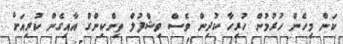
ކަން މިހެން ހުރުމުން ހުރިހާ ކުދިން ވެސް ވިޝްފުލް ތިންކިންގް އާއިގެން ކުރިއަށް